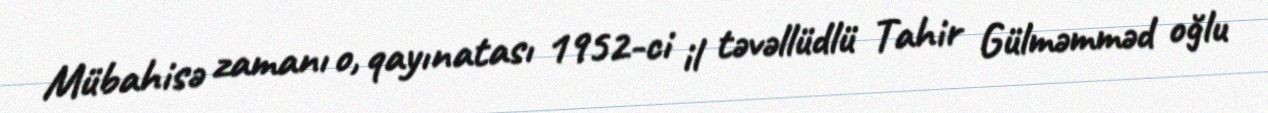
Mübahisə zamanı o, qayınatası 1952-ci il təvəllüdlü Tahir Gülməmməd oğlu